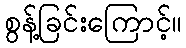
စွန့်ခြင်းကြောင့်။